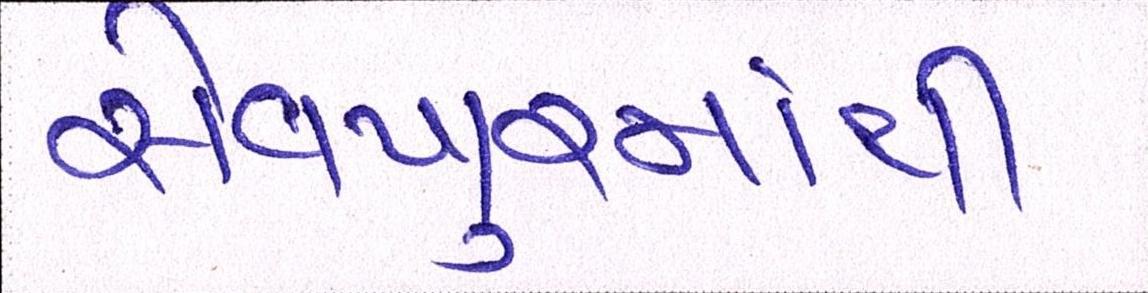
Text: સેવખુરમાંથી